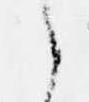
え